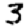
Digit: 3